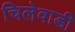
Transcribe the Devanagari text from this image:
चिलेवाडी